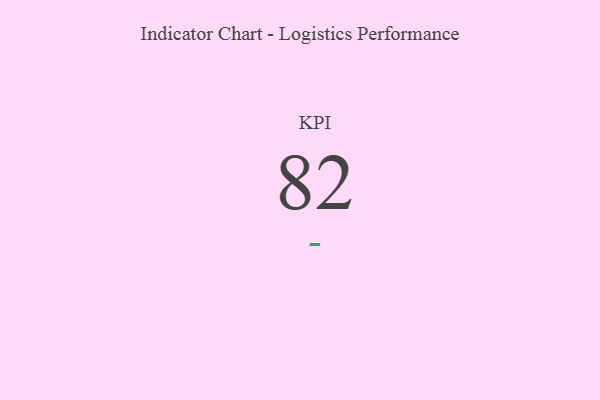
{"axis": {"x": "KPI", "y": "Value"}, "legend": [""], "data": [{"x": "KPI", "y": 82, "type": ""}]}